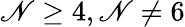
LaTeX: \mathscr{N}\geq4,\mathscr{N}\neq6